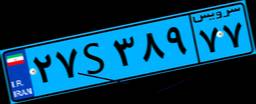
۲۷S۳۸۹۷۷